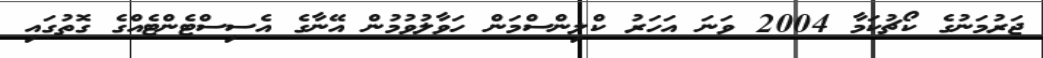
ޖަރުމަނުގެ ކޯޗުކަމާ 2004 ވަނަ އަހަރު ކްލިންސްމަން ހަވާލުވުމުން އޭނާގެ އެސިސްޓެންޓެއްގެ ގޮތުގައި